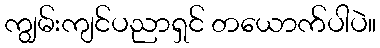
ကျွမ်းကျင်ပညာရှင် တယောက်ပါပဲ။